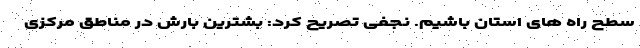
سطح راه های استان باشیم. نجفی تصریح کرد: بشترین بارش در مناطق مرکزی